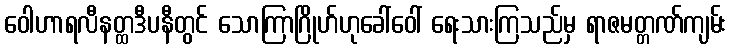
ဝေါဟာရလီနတ္ထဒီပနီတွင် သောကြာဂြိုဟ်ဟုခေါ်ဝေါ် ရေးသားကြသည်မှ ရာဇမတ္တဏ်ကျမ်း